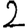
Digit: 2